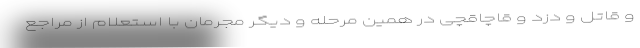
و قاتل و دزد و قاچاقچی در همین مرحله و دیگر مجرمان با استعلام از مراجع